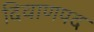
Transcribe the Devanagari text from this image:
दिवाणपद